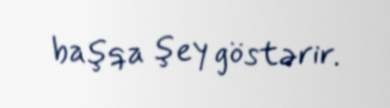
başqa şey göstərir.